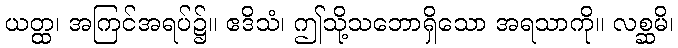
ယတ္ထ၊ အကြင်အရပ်၌။ ဧဒိသံ၊ ဤသို့သဘောရှိသော အရသာကို။ လစ္ဆမိ၊